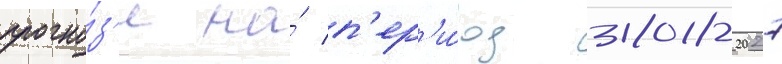
прогно́з'е на́ п'ер'и́од 2018-2027